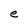
Character: e